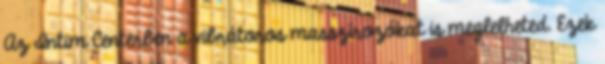
Az Intim Centerben a vibrátoros masszírozókat is meglelheted. Ezek